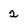
Character: 2